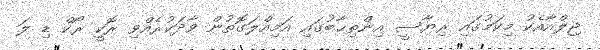
ޖިލްއާއެކު މިކަމުގައި ރިޔާސީ އިންތިޚާބުގައި އަމިއްލަގޮތުން ވާދަކުރެއްވި ރޮކީ ރޯކް ޑި ލަ